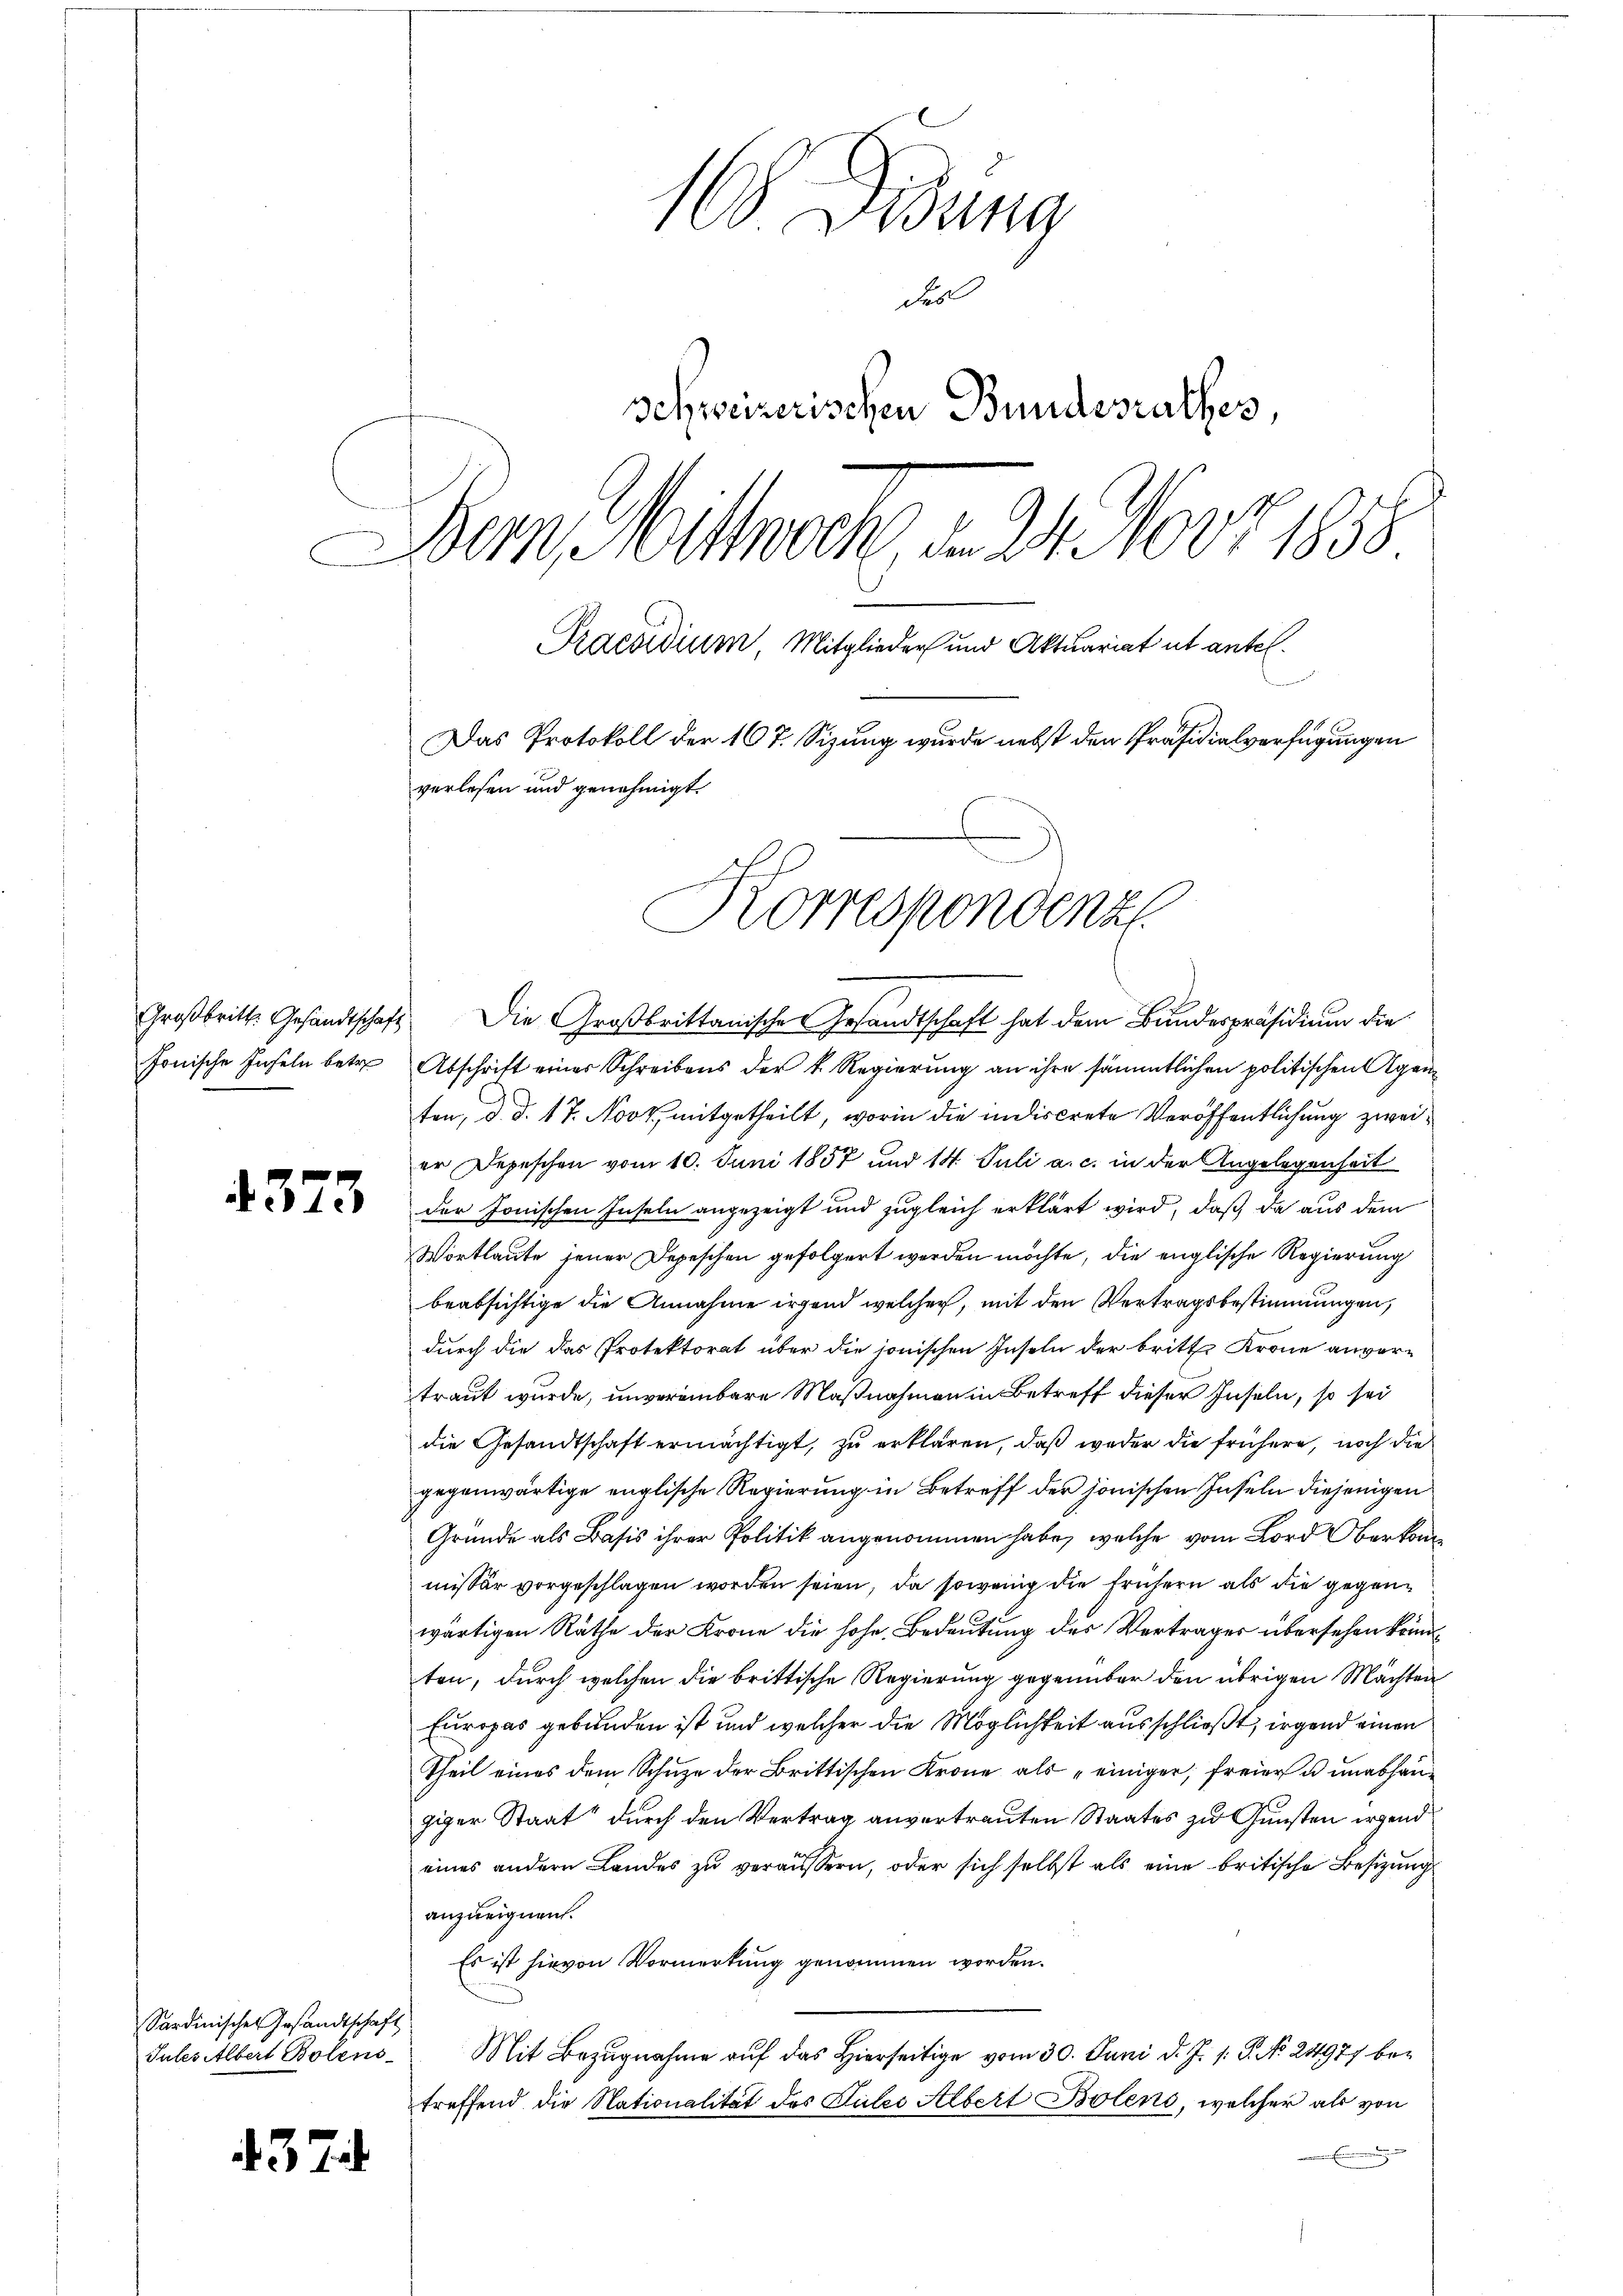
fonische Inseln betre

4373

Sardinischer Gesandtschaft
Jules Albert Bolens

4374

u
100. Lesung
dis
schweizerischen Bundesrathes,
Bem Mittwoch, den S. 100 f 1858
Praesidium, Mitglieder und Aktuariat ut antel.
Das Protokoll der 107. Sizung wurde nebst den Präsidialverfügungen
verlesen und genehmigt.
Korrespondenz

Großbritt. Gesandtschaft. Die Großbrittanische Gesandtschaft hat dem Bundespräsidium die
Abschrift einer Schreibens der k. Regierung an ihre sämmtlichen politischen Agenten, d. d. 17. Novt, mitgetheilt, worin die indiscrete Veröffentlichung zweier Depeschen vom 10. Juni 1857 und 14. Juli a. c. in der Angelegenheit
der Jonischen Inseln angezeigt und zugleich erklärt wird, daß da aus dem
Wortlaute jener Depeschen gefolgert werden möchte, die englische Regierung
beabsichtige die Annahme irgend welcher, mit den Vertragsbestimmungen,
durch die das Protektorat über die sonischen Inseln der britte Krone anvertraut wurde, unvereinbare Maßnahmen in Betreff dieser Inseln, so sei
die Gesandtschaft ermächtigt, zu erklären, daß weder die frühere, noch die
gegenwärtige englische Regierung in Betreff der jonischen Inseln diejenigen
Gründe als Basis ihrer Politik angenommen habe, welche vom Lord Oberkommissär vorgeschlagen worden seien, da sowenig die frühern als die gegenwärtigen Räthe der Krone die hohe Bedeutung des Vertrages übersehen könnten, durch welchen die brittische Regierung gegenüber den übrigen Mächten
Europas gebunden ist und welcher die Möglichkeit ausschließt, irgend einen
Theil eines dem Schuze der Brittischen Krone als „einiger, freier u unabhängiger Staat durch den Vertrag anvertrauten Staates zu Gunsten irgend
eines andern Landes zŭ veräussern, oder sich selbst als eine britische Besizung
anzueignen.
Es ist hievon Vormerkung genommen worden.
Mit Bezugnahme auf das Hierseitige vom 30. Juni d. J. 1. P. No. 24977 betreffend die Nationalität des Gutes Albert Bolens, welcher als von